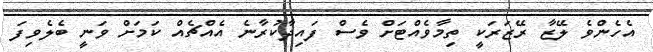
އެހެންވެ ލޭޒާ ރޭޒަރަކީ ތިމާވެއްޓަށް ވެސް ފައިދާކުރާނެ އެއްޗެއް ކަމަށް ވަނީ ބެލެވިފަ